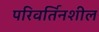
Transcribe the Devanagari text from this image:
परिवर्तिनशील